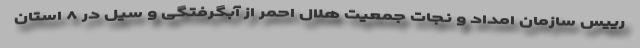
رییس سازمان امداد و نجات جمعیت هلال احمر از آبگرفتگی و سیل در ۸ استان